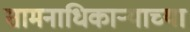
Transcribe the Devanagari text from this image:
सामनाधिकार्‍याच्या